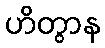
ဟိတွာန